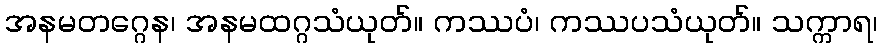
အနမတဂ္ဂေန၊ အနမထဂ္ဂသံယုတ်။ ကဿပံ၊ ကဿပသံယုတ်။ သက္ကာရ၊